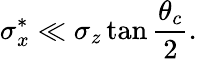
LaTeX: \sigma_{x}^{*}\ll\sigma_{z}\tan\frac{\theta_{c}}{2}.